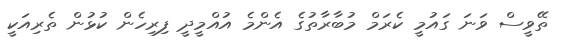
ތޭވީސް ވަނަ ގައުމީ ކެރަމް މުބާރާތުގެ އެންމެ އުއްމީދީ ފިރިހެން ކުޅުން ތެރިއަކީ